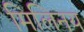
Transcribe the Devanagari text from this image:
मिलिनय